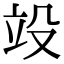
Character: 竐